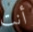
أنت